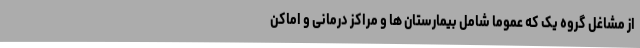
از مشاغل گروه یک که عموما شامل بیمارستان ها و مراکز درمانی و اماکن